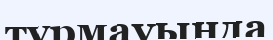
тұрмауында